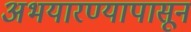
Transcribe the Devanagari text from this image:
अभयारण्यापासून